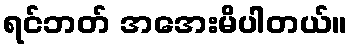
ရင်ဘတ် အအေးမိပါတယ်။